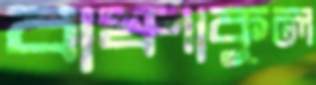
বাষ্পাকুল